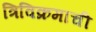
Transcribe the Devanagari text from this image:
त्रिविक्रमाची